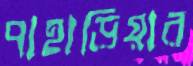
পাহাড়িয়ার